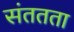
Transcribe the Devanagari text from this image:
संततता